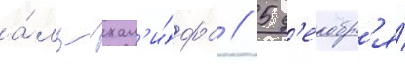
а́ль-хал'и́фа // 5 д'екабр'я́